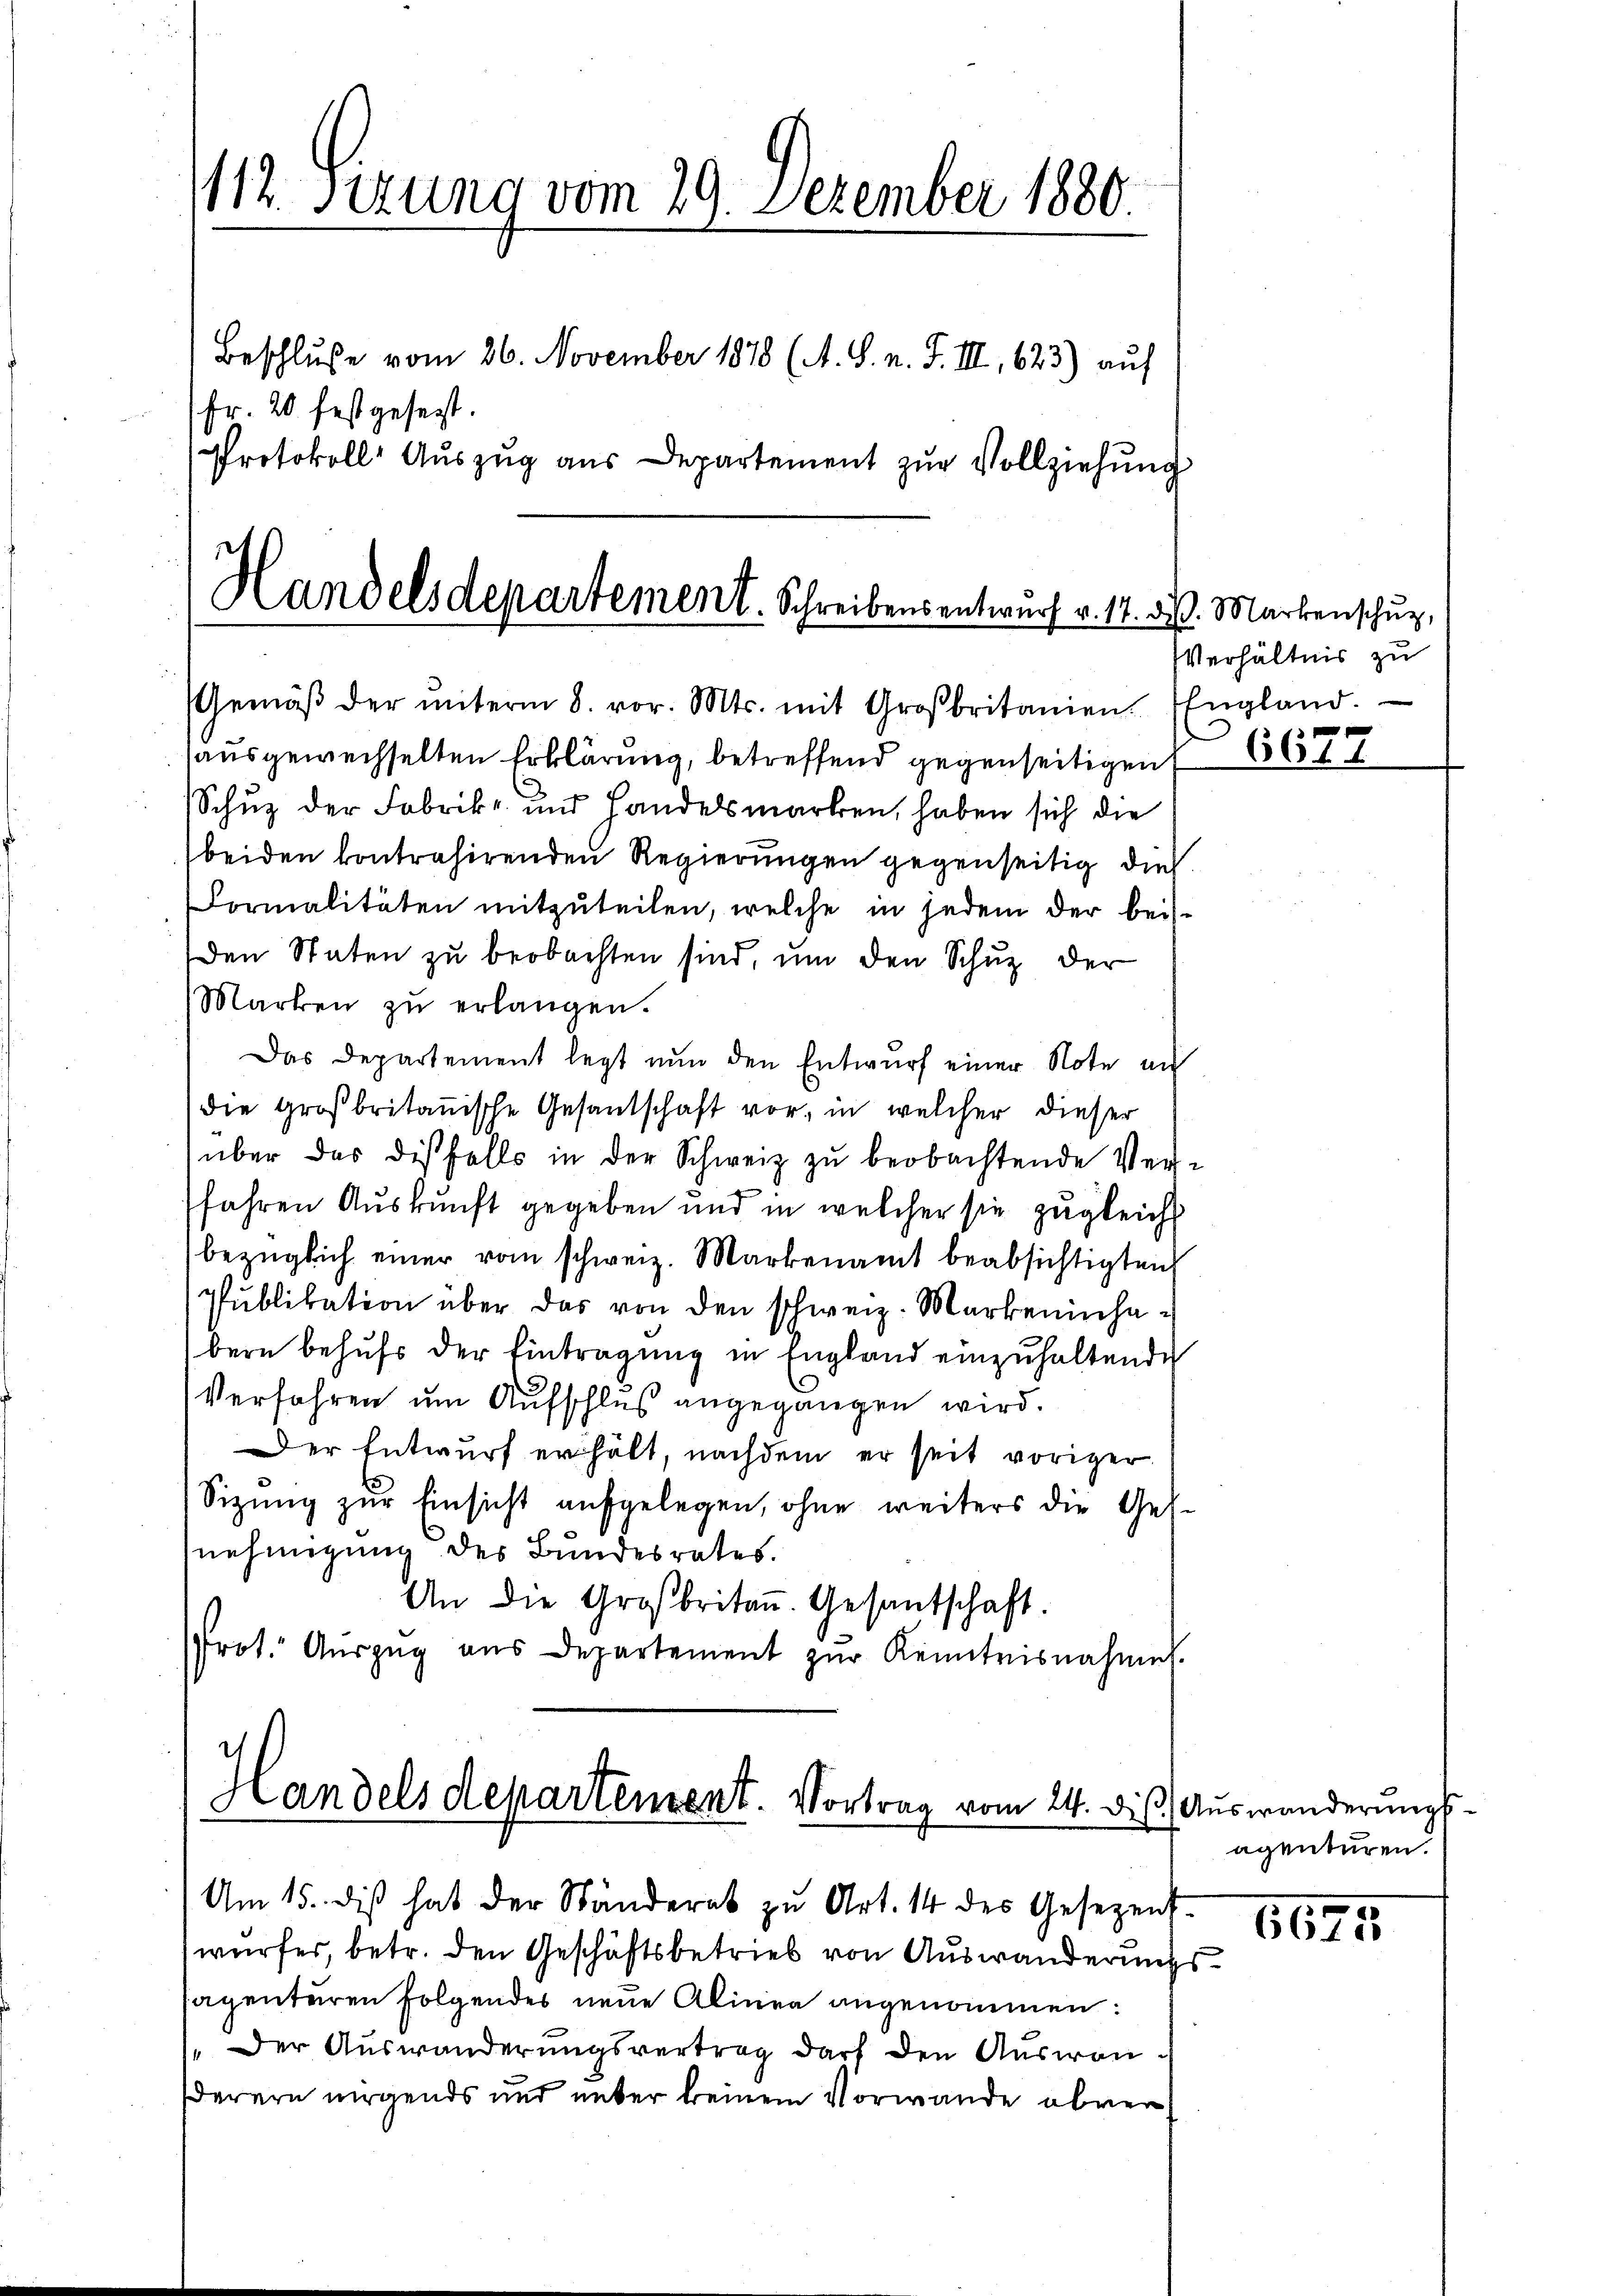
112. Sizung vom 29. Dezember 1880.
Beschluße vom 26. November 1878 (A. S. n. F. III, 623) auf
Fr. 20 festgesezt.
Protokoll Aŭszŭg aŭs Departement zŭr Vollziehŭng

Handelsdepartement. Schreibensentwurf v. 17. d.
Gemäβ der ŭnterm 8. vor. Mts. mit Großbritanien. England.

ausgewechselten Erklärung, betreffend gegenseitigen
Schuz der Fabrik- und Handelsmarken, haben sich die
beiden kontrahirenden Regierungen gegenseitig dies
Formalitäten mitzuteilen, welche in jedem der beiden Staten zu beobachten sind, um den Schuz der
Marken zŭ erlangen.
Das Departement legt nun den Entwurf einer Note an
die Großbritanische Gesantschaft vor, in welcher dieser
über das disfalls in der Schweiz zu beobachtende Verfahren Auskunft gegeben und in welcher sie zugleich
bezüglich einer vom schweiz. Markenamt beabsichtigten
Pŭblikation über das von den schweiz. Markeninhabern behufs der Eintragung in England einzuhaltende
Verfahren um Aufschluß angegangen wird.
Der Entwurf erhält, nachdem er seit voriger
Sizung zur Einsicht aufgelegen, ohne weiters die Gesnehmigung des Bundesrates.
An die Großbritan. Gesantschaft.
Prot. Aŭszŭg aŭs Departement zŭr Kenntnisnahme

Handels departement. Vortrag vom 24. die Auswanderungs¬

Am 15. diβ hat der Ständerat zŭ Art. 14 des Gesezens-
wurfes, betr. den Geschäftsbetrieb von Auswanderung
sagenturen folgendes neue Alinea angenommen:
.Der Auswanderungsvertrag darf den Auswanderern nirgends und ueber keinem Vorwande abver

J. Markenschuz,
VVerhältnis zu
f

661. 4

agenturen.

6675